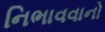
નિભાવવાનો